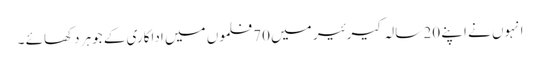
انہوں نے اپنے 20 سالہ کیرئیر میں 70 فلموں میں اداکاری کے جوہر دکھائے ۔